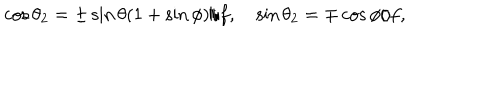
\cos { \theta _ { 2 } } = \pm \sin { \theta } ( 1 + \sin { \phi } ) / f , \quad \sin { \theta _ { 2 } } = \mp \cos { \phi } / f ,